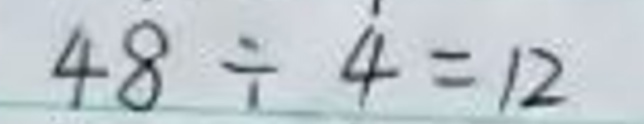
$48\div4 = 12$